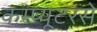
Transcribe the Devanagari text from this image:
कम्प्यूटरसे